King Institute of Preventive Medicine Micro-Biological Section reports 1909-11
Year: 1909
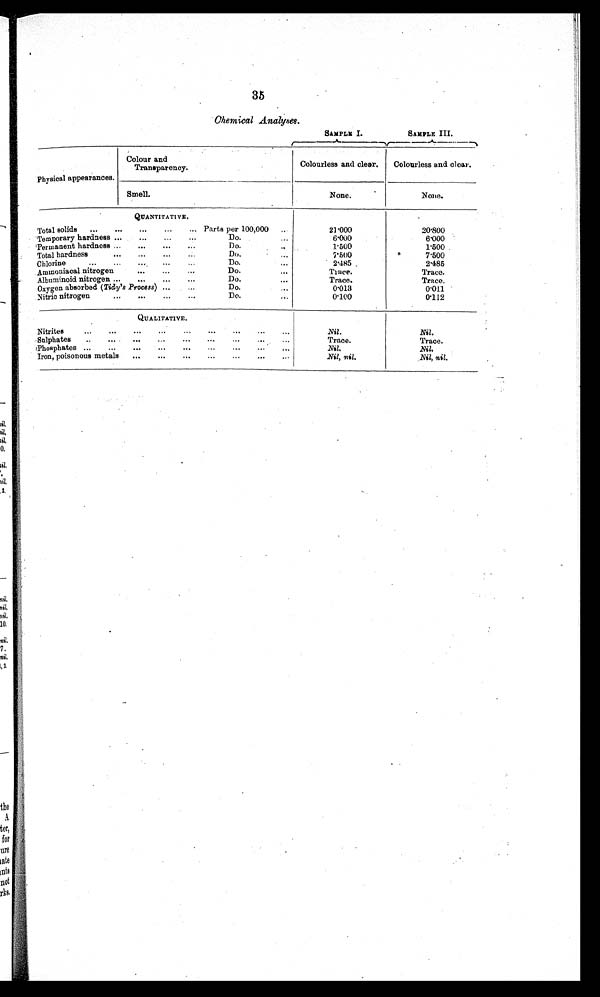
35
Chemical Analyses.
SAMPLE I.
SAMPLE III.
Physical appearances.
Colour and
Transparency.
Colourless and clear.
Colourless and clear.
Smell.
None.
N o n e .
QUANTITATIVE.
Total solids
...
...
...
...
... Parts per 100,000
..
21.000
20.800
Temporary hardness ...
...
...
...
Do.
. . .
6.000
6.000
Permanent hardness ...
...
...
...
Do.
.. .
1500
1.500
Total hardness
...
...
...
Do.
7.500
7 . 5 0 0
Chlorine
...
...
....
Do...
2 . 4 8 5
2.485
Ammoniacal nitrogen
...
...
D o . . . .
Trace.
Trace.
Albuminoid nitrogen ...
...
...
...
Do.
. . .
Trace.
Trace.
Oxygen absorbed (Tidy's Process) ...
...
Do.
0.013
0.011
Nitric nitrogen...
. .. ...
D o . . .
.
.
0.100
0.112
QUALITATIVE.
Nitrites
...
...
...
...
...
...
...
. . .
Nil .
N i l
.
Sulphates
... ... ... ... ...
...
...
. . .
Trace.
Trace.
Phosphates ...
...
...
...
...
...
...
. . .
Nil.
Nil.
Iron, poisonous metals
...
...
...
...
...
...
Nil, nil.
N i l
,
n i l
.